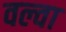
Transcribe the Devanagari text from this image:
वल्वा